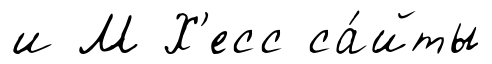
и М Х'есс са́йты